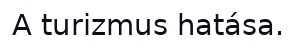
A turizmus hatása.